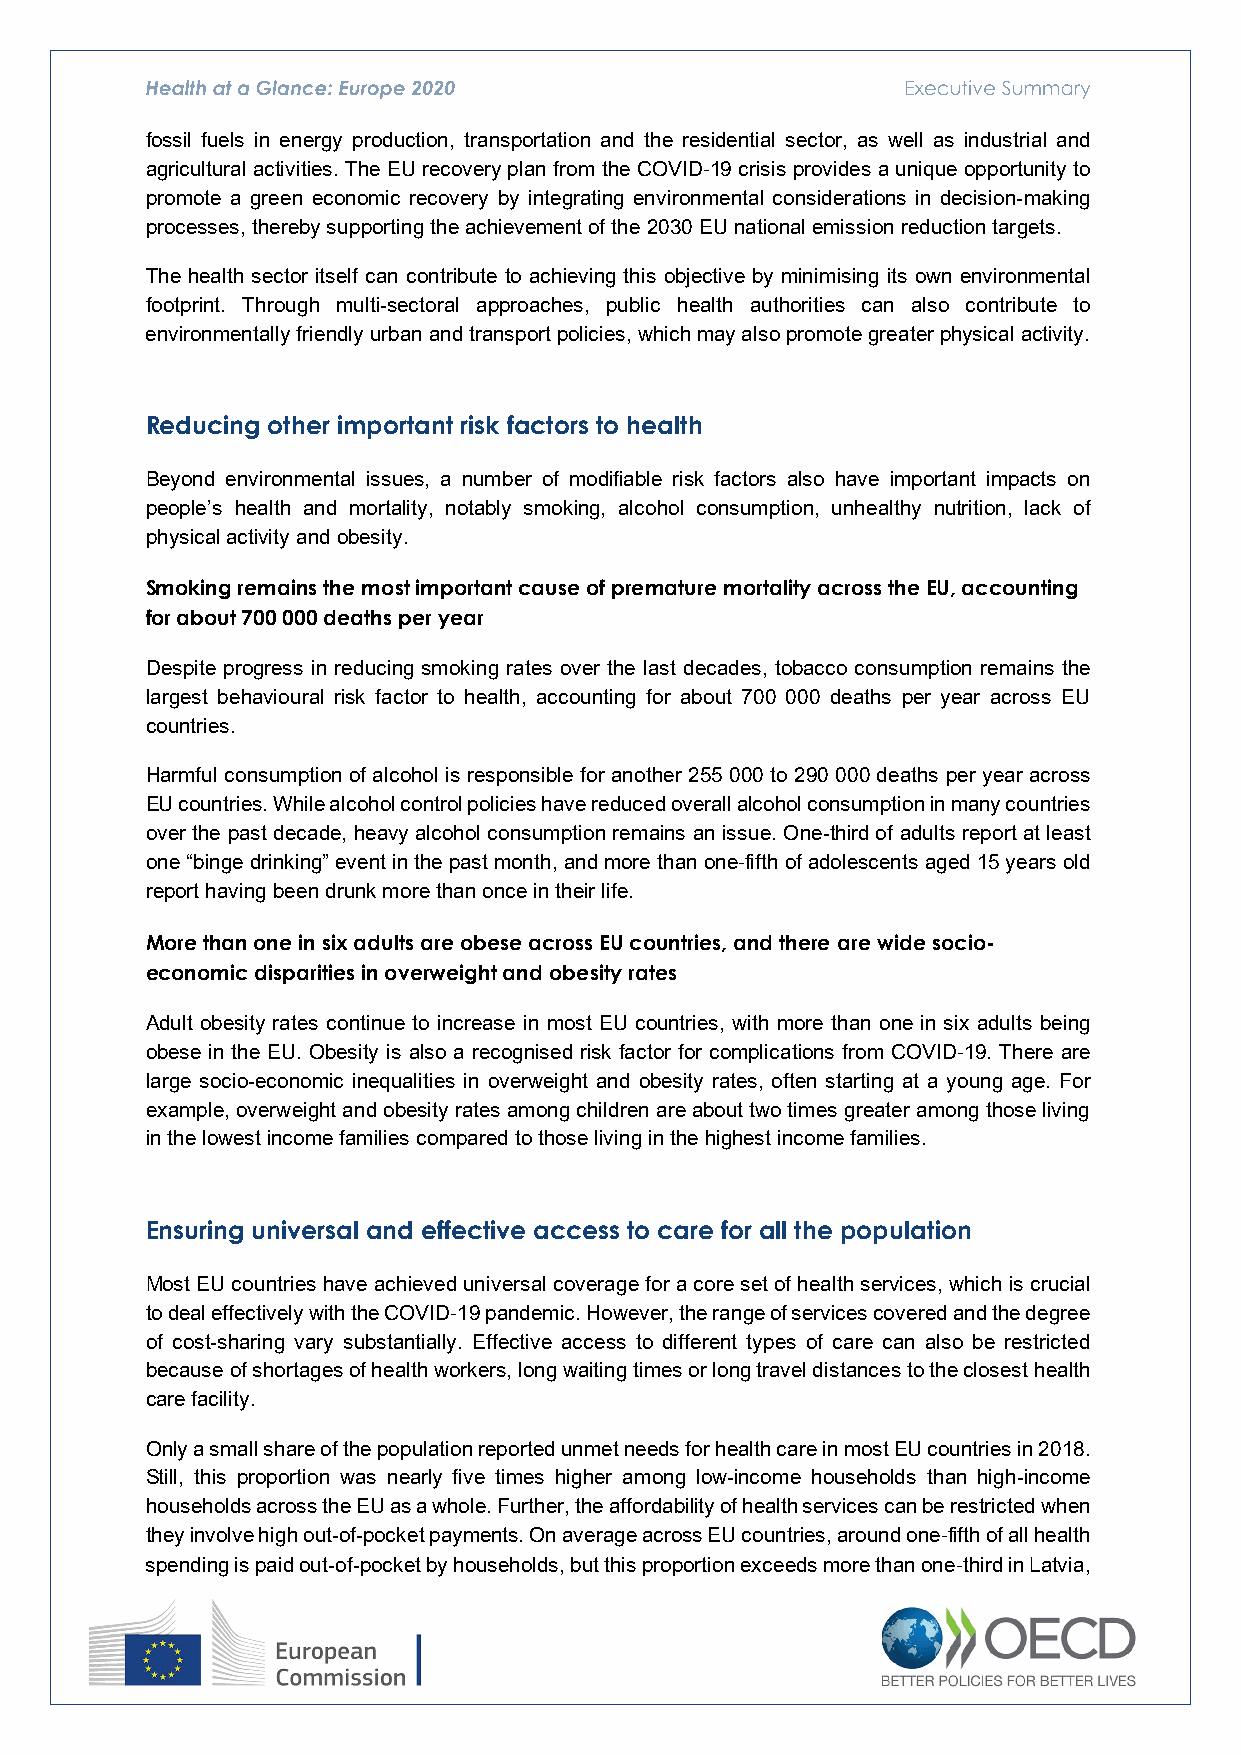
fossil fuels in energy production, transportation and the residential sector, as well as industrial and
 agricultural activities. The EU recovery plan from the COVID 19 crisis provides a unique opportunity to
 promote a green economic recovery by integrating environmental considerations in decision-making
 ‑
 processes, thereby supporting the achievement of the 2030 EU national emission reduction targets.
 The health sector itself can contribute to achieving this objective by minimising its own environmental
 footprint. Through multi-sectoral approaches, public health authorities can also contribute to
 environmentally friendly urban and transport policies, which may also promote greater physical activity.
 Reducing other important risk factors to health
 Beyond environmental issues, a number of modifiable risk factors also have important impacts on
 people’s health and mortality, notably smoking, alcohol consumption, unhealthy nutrition, lack of
 physical activity and obesity.
 Smoking remains the most important cause of premature mortality across the EU, accounting
 for about 700 000 deaths per year
 Despite progress in reducing smoking rates over the last decades, tobacco consumption remains the
 largest behavioural risk factor to health, accounting for about 700 000 deaths per year across EU
 countries.
 Harmful consumption of alcohol is responsible for another 255 000 to 290 000 deaths per year across
 EU countries. While alcohol control policies have reduced overall alcohol consumption in many countries
 over the past decade, heavy alcohol consumption remains an issue. One-third of adults report at least
 one “binge drinking” event in the past month, and more than one fifth of adolescents aged 15 years old
 report having been drunk more than once in their life.
 ‑
 More than one in six adults are obese across EU countries, and there are wide socio-
 economic disparities in overweight and obesity rates
 Adult obesity rates continue to increase in most EU countries, with more than one in six adults being
 obese in the EU. Obesity is also a recognised risk factor for complications from COVID 19. There are
 large socio-economic inequalities in overweight and obesity rates, often starting at a young age. For
 ‑
 example, overweight and obesity rates among children are about two times greater among those living
 in the lowest income families compared to those living in the highest income families.
 Ensuring universal and effective access to care for all the population
 Most EU countries have achieved universal coverage for a core set of health services, which is crucial
 to deal effectively with the COVID 19 pandemic. However, the range of services covered and the degree
 of cost-sharing vary substantially. Effective access to different types of care can also be restricted
 ‑
 because of shortages of health workers, long waiting times or long travel distances to the closest health
 care facility.
 Only a small share of the population reported unmet needs for health care in most EU countries in 2018.
 Still, this proportion was nearly five times higher among low-income households than high-income
 households across the EU as a whole. Further, the affordability of health services can be restricted when
 they involve high out-of-pocket payments. On average across EU countries, around one fifth of all health
 spending is paid out-of-pocket by households, but this proportion exceeds more than one third in Latvia,
 ‑
 ‑